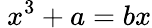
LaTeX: \ x^{3}+a=bx